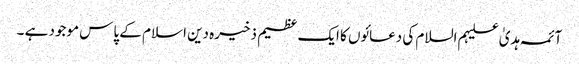
آئمہ ہدیٰ علیہم السلام کی دعائوں کا ایک عظیم ذخیرہ دین اسلام کے پاس موجود ہے ۔